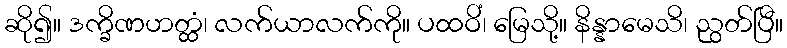
ဆို၍။ ဒက္ခိဏဟတ္ထံ၊ လက်ယာလက်ကို။ ပထဝိံ၊ မြေသို့။ နိန္နာမေသိ၊ ညွတ်ပြီ။